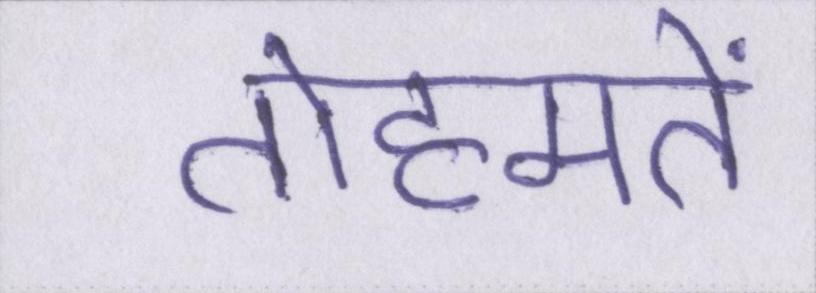
तोहमतें